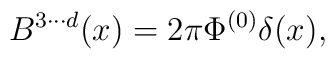
B^{3 \cdot\cdot\cdot d}(x) = 2\pi\Phi^{(0)} \delta(x),